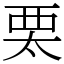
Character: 𧟧